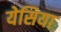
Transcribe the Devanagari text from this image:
येसिया